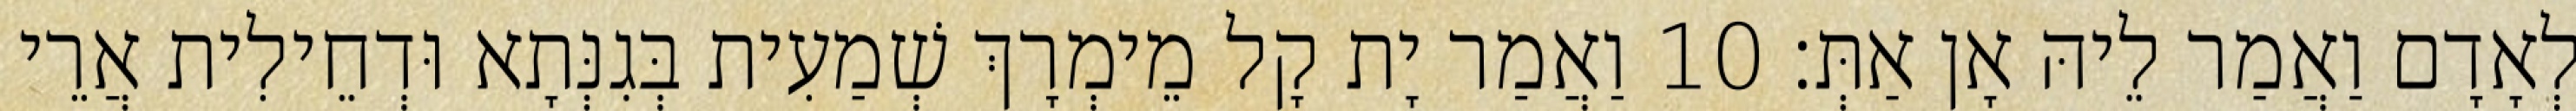
לְאָדָם וַאֲמַר לֵיהּ אָן אַתְּ׃ 10 וַאֲמַר יָת קָל מֵימְרָךְ שְׁמַעִית בְּגִנְּתָא וּדְחֵילִית אֲרֵי